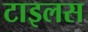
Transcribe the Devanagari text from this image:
टाइलस